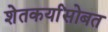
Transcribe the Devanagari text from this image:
शेतकर्यांसोबत